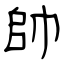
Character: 帥